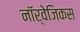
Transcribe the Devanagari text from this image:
नॉर्वेजिकस